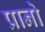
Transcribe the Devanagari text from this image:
प्रानो